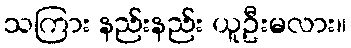
သကြား နည်းနည်း ယူဦးမလား။